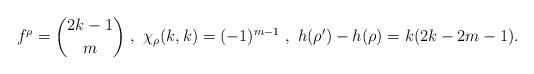
LaTeX: \begin{align*}f^\rho = {2k-1 \choose m} \ , \ \chi_\rho(k,k) = (-1)^{m-1} \ , \ h(\rho')-h(\rho) = k (2k-2m-1).\end{align*}